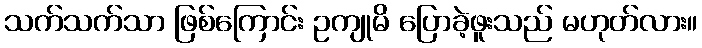
သက်သက်သာ ဖြစ်ကြောင်း ဥကျုမိ ပြောခဲ့ဖူးသည် မဟုတ်လား။